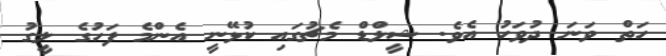
ހަތް ވަނަ ދުވަހު އެވެ. ޝީލްޑް މެޗުގައި ކުޅޭނީ އެންމެ ފަހުގެ ލީގު